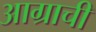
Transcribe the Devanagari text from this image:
आग्राची